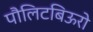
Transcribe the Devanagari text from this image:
पौलिटबिऊरो